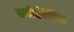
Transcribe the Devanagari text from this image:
म्योएंतेरिक